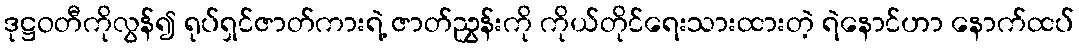
ဒုဋ္ဌဝတီကိုလွန်၍ ရုပ်ရှင်ဇာတ်ကားရဲ့ ဇာတ်ညွှန်းကို ကိုယ်တိုင်ရေးသားထားတဲ့ ရဲနောင်ဟာ နောက်ထပ်